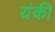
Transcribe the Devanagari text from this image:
यंकी